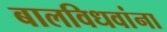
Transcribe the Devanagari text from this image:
बालविधवांना